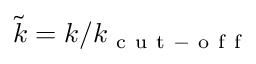
\tilde { k } = k / k _ { \mathrm { ~ c ~ u ~ t ~ - ~ o ~ f ~ f ~ } }